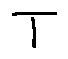
T